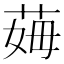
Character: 𦰓